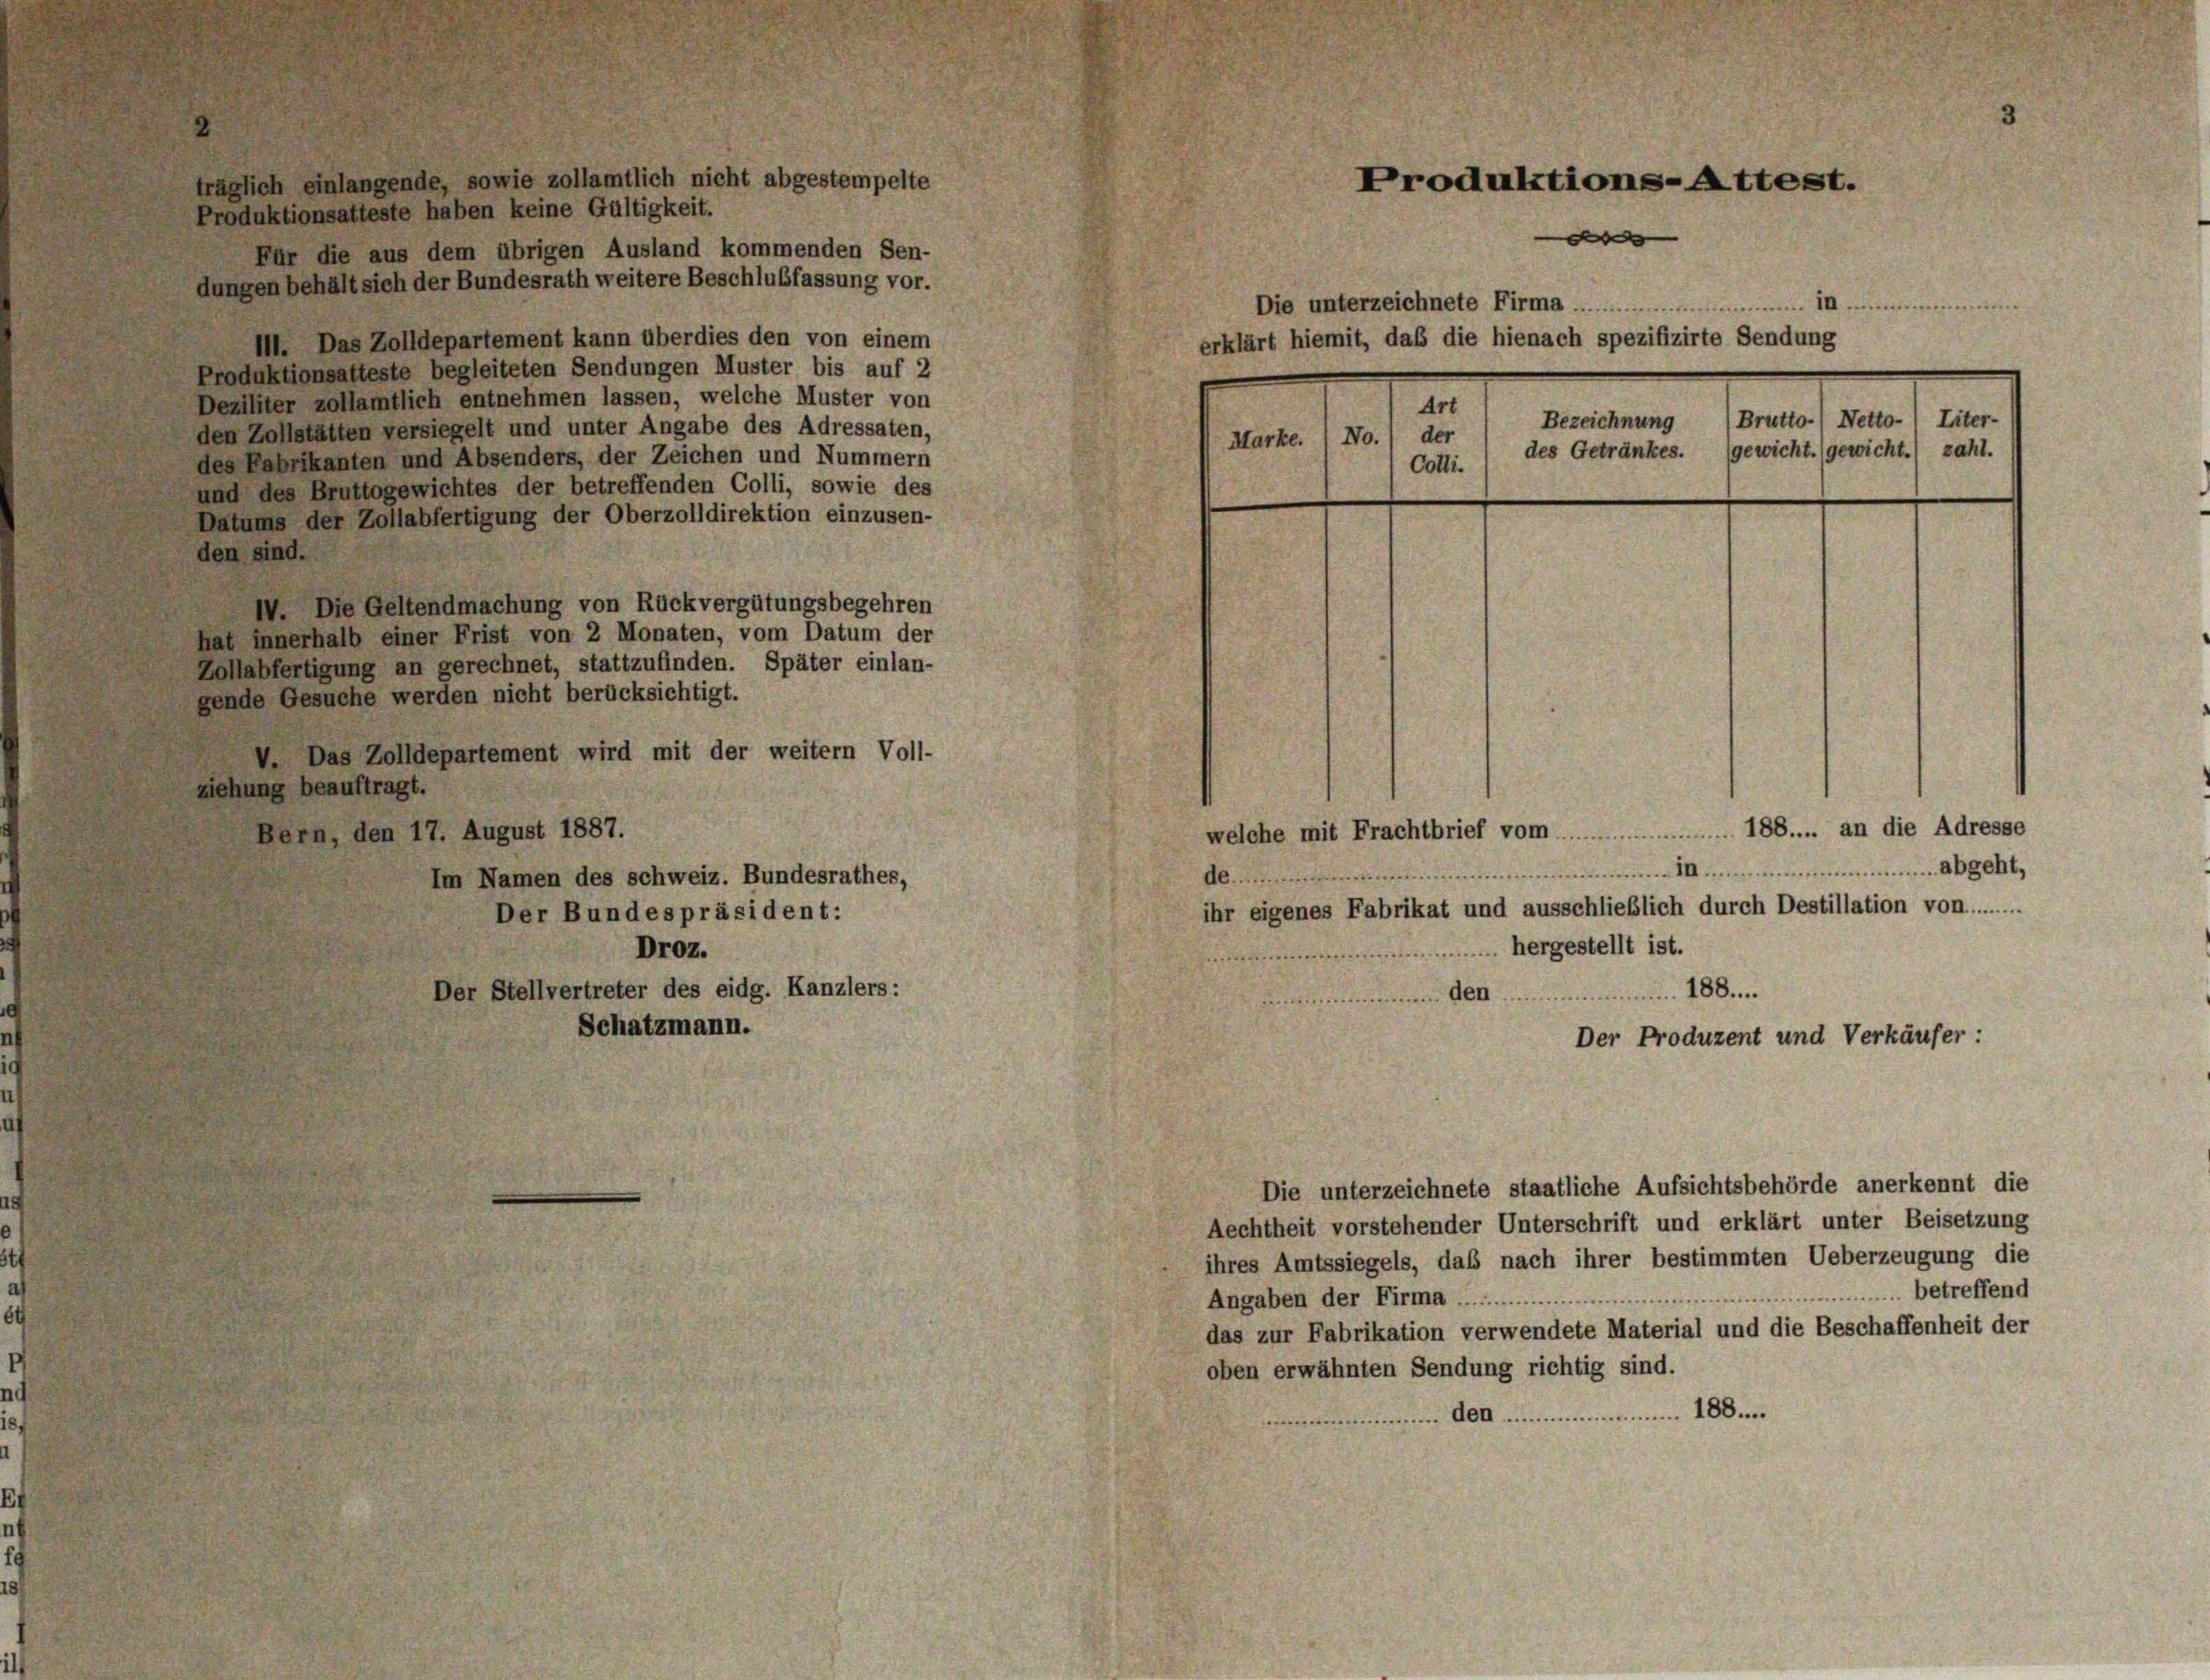
Deziliter zollamtlich entnehmen lassen, welche Muster von
den Zollstätten versiegelt und unter Angabe des Adressaten,
des Fabrikanten und Absenders, der Zeichen und Nummern
und des Bruttogewichtes der betreffenden Colli, sowie des
Datums der Zollabfertigung der Oberzolldirektion einzusen-
den sind.
IV. Die Geltendmachung von Rückvergütungsbegehren
hat innerhalb einer Frist von 2 Monaten, vom Datum der
Zollabfertigung an gerechnet, stattzufinden. Später einlan-
gende Gesuche werden nicht berücksichtigt.
V. Das Zolldepartement wird mit der weitern Voll-
ziehung beauftragt.
Bern, den 17. August 1887.
Im Namen des schweiz. Bundesrathes,
Der Bundespräsident:
Droz.
Der Stellvertreter des eidg. Kanzlers:
Schatzmann.

h einlangende, sowie zollamtlich nicht abgestempelte
Produktionsatteste haben keine Gültigkeit.
Für die aus dem übrigen Ausland kommenden Sen-
dungen behält sich der Bundesrath weitere Beschlußfassung vor.
III. Das Zolldepartement kann überdies den von einem
Produktionsatteste begleiteten Sendungen Muster bis auf 2

Produktions-Attest.
d
Die unterzeichnete Firma  .....................
erklärt hiemit, daß die hienach spezifizirte Sendung
Art
Bezeichnung
Marke. / No.) der
des Getränkes. gewicht. (gewicht.) zahl.
Cotli.

Brutto.) Netto-) Liter-

welche mit Frachtbrief vom 188.... an die Adresse
A.Mansam..........................................................................................................
ihr eigenes Fabrikat und ausschließlich durch Destillation von.........
unghergestellt ist.
188.
meinemann 400.
Der Produzent und Verkäufer :
Die unterzeichnete staatliche Aufsichtsbehörde anerkennt die
Aechtheit vorstehender Unterschrift und erklärt unter Beisetzung
ihres Amtssiegels, daß nach ihrer bestimmten Ueberzeugung die
Angaben der Firma ....................................................... betreffend
das zur Fabrikation verwendete Material und die Beschaffenheit der
oben erwähnten Sendung richtig sind.
menen 400 einmannen 188